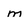
Character: m